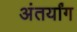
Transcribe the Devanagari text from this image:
अंतर्यांग